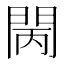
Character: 𨳵